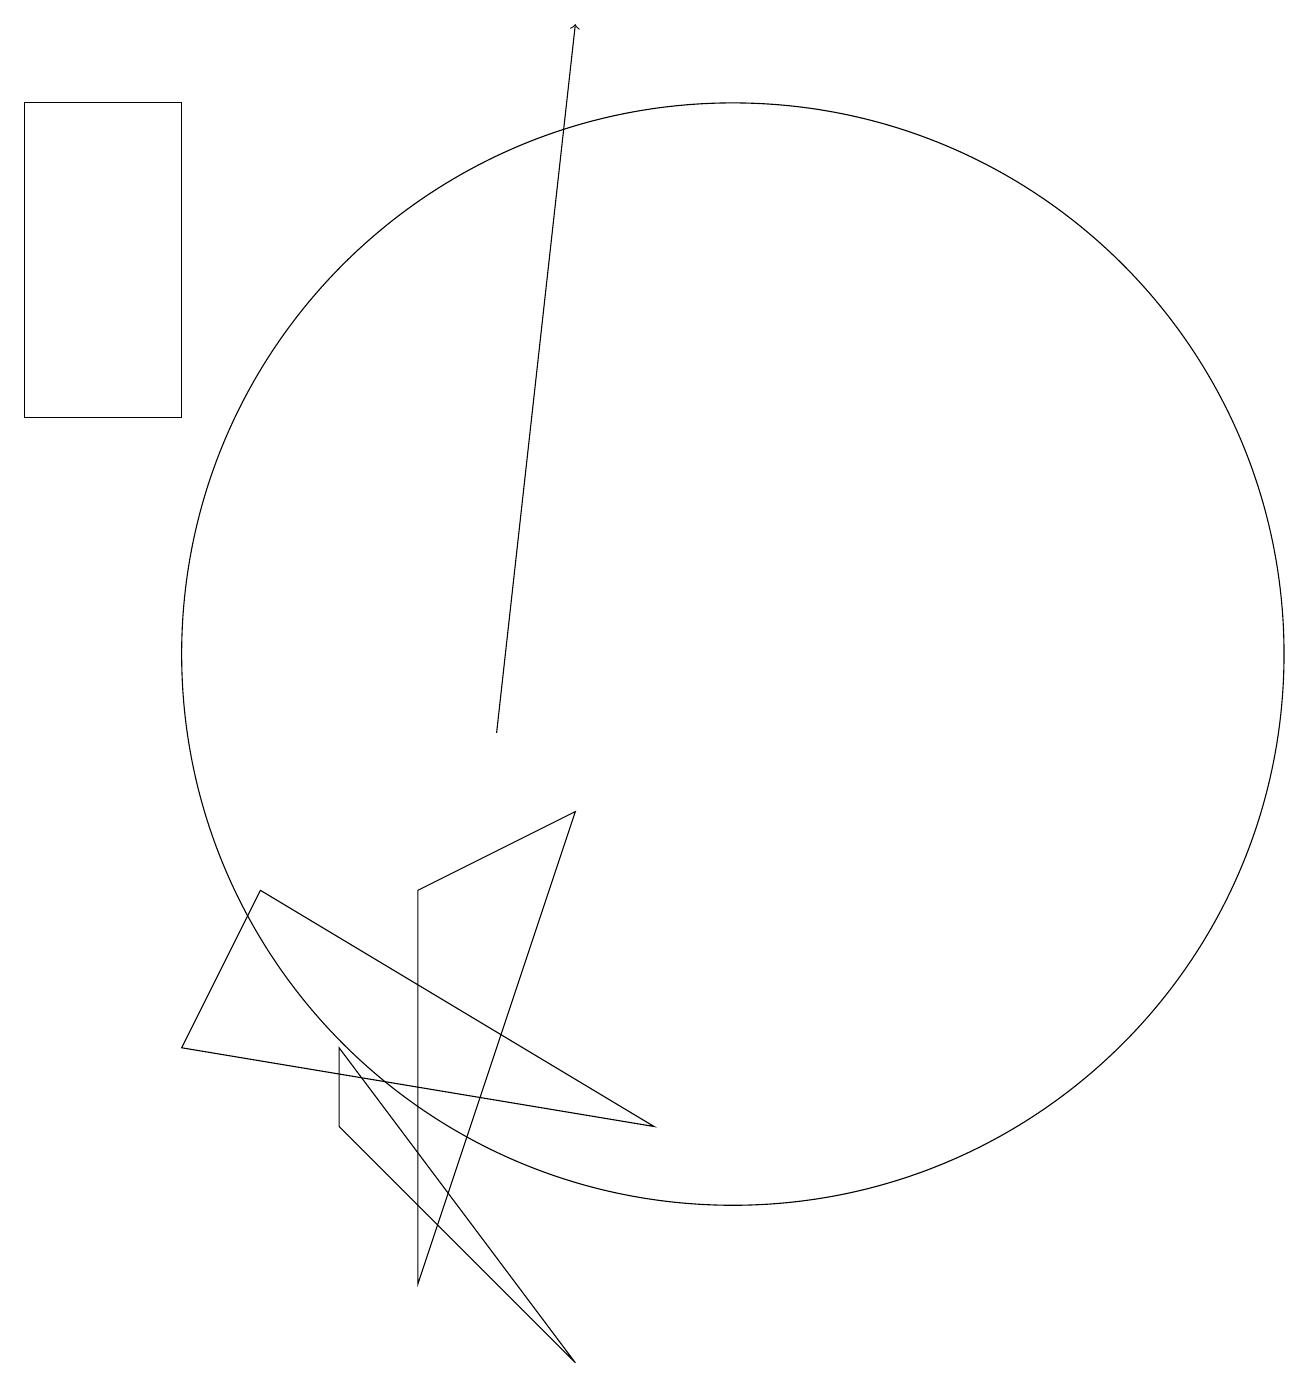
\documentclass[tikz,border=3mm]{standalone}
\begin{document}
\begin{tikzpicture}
\draw (10,11) circle (7);
\draw (9,5) -- (4,8) -- (3,6) -- cycle;
\draw (8,2) -- (5,6) -- (5,5) -- cycle;
\draw[->] (7,10) -- (8,19);
\draw (3,14) rectangle (1,18);
\draw (6,8) -- (6,3) -- (8,9) -- cycle;
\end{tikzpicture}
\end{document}